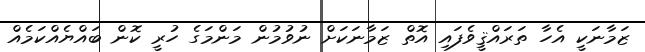
ޒަމާނަކީ އެހާ ތަރައްޤީވެފައި އޮތް ޒަމާނަކަށް ނުވުމުން މަންމަގެ ހުރީ ކޮން ބައްޔެއްކަމެއް